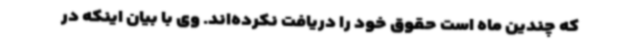
که چندین ماه است حقوق خود را دریافت نکرده‌اند. وی با بیان اینکه در